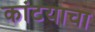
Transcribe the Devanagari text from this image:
कांटयाचा